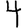
Digit: 4